Indian journal of veterinary science and animal husbandry - Volume 2,
Year: 1932
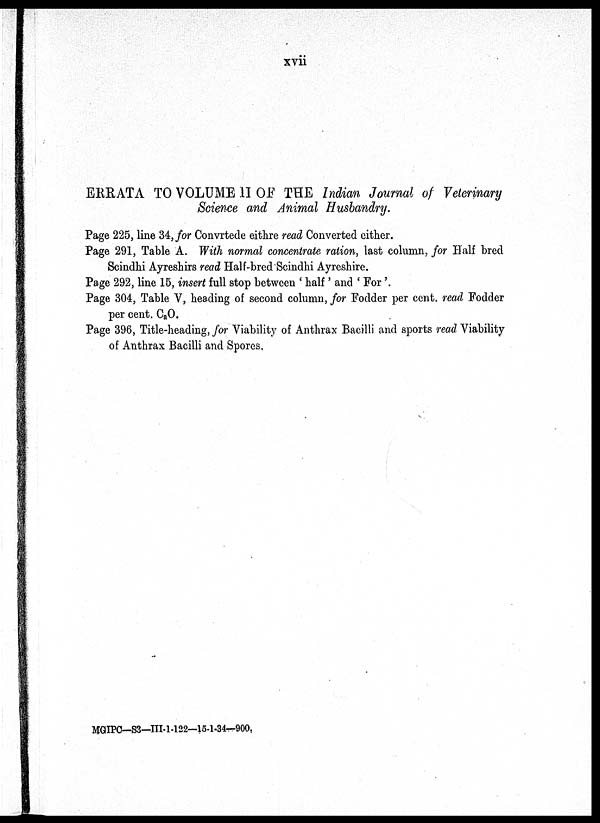
xvii
ERRATA TO VOLUME II OF THE Indian Journal of Veterinary
Science and Animal Husbandry.
Page 225, line 34, for Convrtede eithre read Converted either.
Page 291, Table A. With normal concentrate ration, last column, for Half bred
Scindhi Ayreshirs read Half-bred Scindhi Ayreshire.
Page 292, line 15, insert full stop between ' half ' and ' For '.
Page 304, Table V, heading of second column, for Fodder per cent. read Fodder
per cent. C a O.
Page 396, Title-heading, for Viability of Anthrax Bacilli and sports read Viability
of Anthrax Bacilli and Spores.
MGIPC—S3—111-1-122—15-1-34—900.